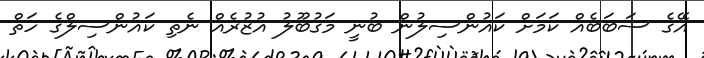
އޭގެ ސަބަބެއް ކަމަށް ކައުންސިލުން ބުނީ މަގުބޫލު އުޒުރެއް ނެތި ކައުންސިލްގެ ހަތް